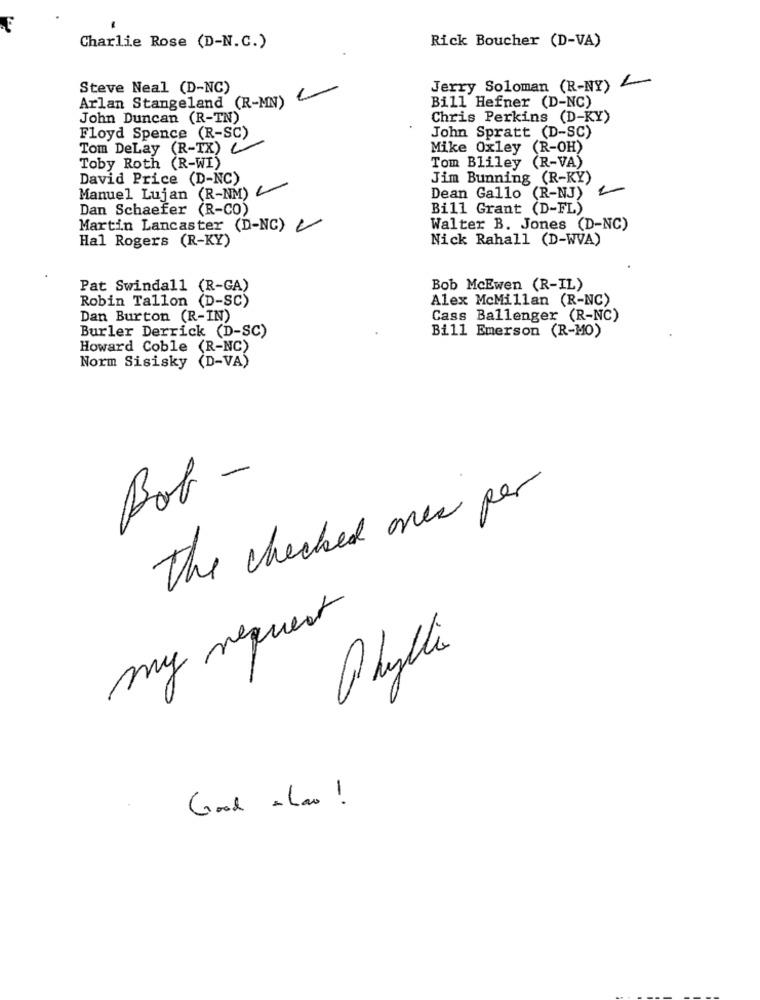
Rick Boucher (D-VA)
Charlie Rose (D-N.C.)
Steve Neal (D-NC)
Jerry Soloman (R-NY) L
Arlan Stangeland (R-MN)
Bill Hefner (D-NC)
John Duncan (R-IN)
Chris Perkins (D-KY)
Floyd Spence (R-SC)
John Spratt (D-SC)
Tom Delay (R-TX) C
Mike Oxley (R-OH)
Toby Roth (R-WI)
Tom Bliley (R-VA)
David Price (D-NC)
Jim Bunning (R-KY)
Manuel Lujan (R-NM) /
Dean Gallo (R-NJ)
Dan Schaefer (R-CO)
Bill Grant (D-FL)
Martin Lancaster (D-NC)
Walter B. Jones (D-NC)
Hal Rogers (R-KY)
Nick Rahall (D-WVA)
Pat Swindall (R-GA)
Bob McEwen (R-IL)
Robin Tallon (D-SC)
Alex McMillan (R-NC)
Dan Burton (R-IN)
Cass Ballenger (R-NC)
Bill Emerson (R-MO)
Burler Derrick (D-SC)
Howard Coble (R-NC)
Norm Sisisky (D-VA)
Bob -
The checked ones per
my request
Phyllis
Good a Lao !